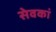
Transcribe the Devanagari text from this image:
सेवकां